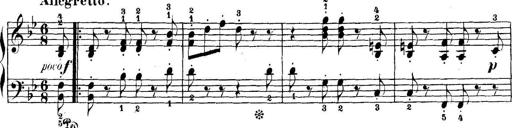
Title: 5 Sonatinas
Composer: Theodor Kirchner